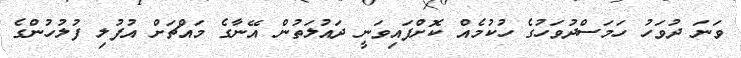
ވަނަ ދުވަހު ހަމަސްދުވަހުގެ ހުކުމެއް ކޮށްފައިވަނީ ދައުލަތުން އޭނާގެ މައްޗަށް އުފުލި ފުލުހުންގެ